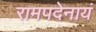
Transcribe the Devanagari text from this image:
रामपदेनायं